Annual statistical returns and brief notes on vaccination in Bengal - 1896-1909
Year: 1896
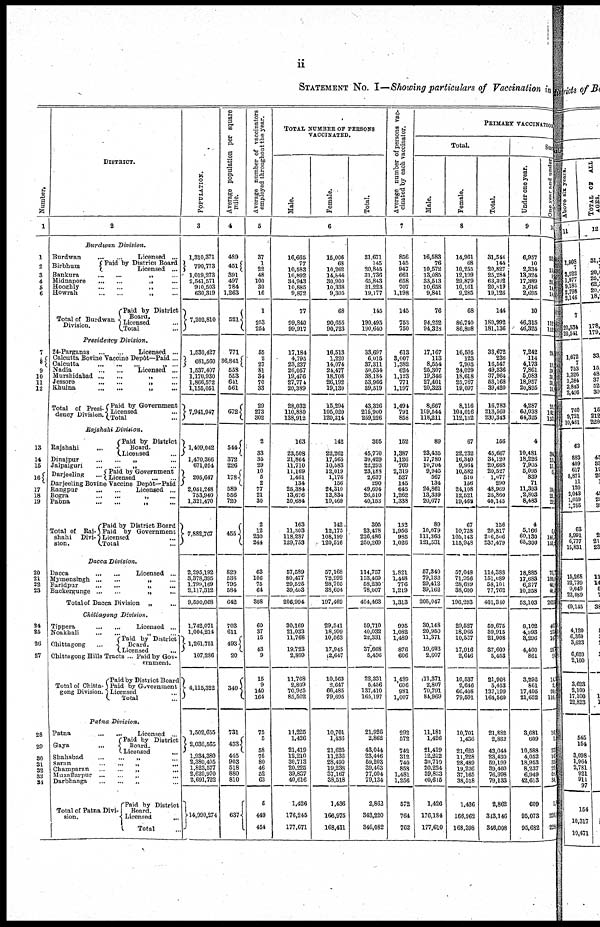
ii
STATEMENT No. I—Showing particulars of Vaccination in
Number.
1
3
4
5
6
7
8
9
10
11
12
13
14
15
16
17
18
19
20
21
22
23
24
25
26
27
28
29
30
31
32
33
34
DISTRICT.
2
Burdwan
Division.
Burdwan
...
...
Licensed ...
Birbhum
Paid by District Board
Licensed ...
Bankura
...
...
„
...
Midnapore
...
...
„
...
Hooghly
...
...
„
...
Howrah
...
...
„ ...
Total of Burdwan
Division.
Paid by District
Board.
Licensed ...
Total ...
Presidency
Division.
24-Parganas
...
...
Licensed ...
Calcutta Bovine Vaccine Depôt—Paid...
Calcutta
...
...
...
„ ...
Nadia
...
...
Licensed ...
Murshidabad
...
...
„
...
Jessore
...
...
„
...
Khulna
...
...
„
...
Total of Presi -
dency Division
Paid by Government
Licensed ...
Total ...
Rajshahi
Division.
Rajshahi ...
Paid by District
Board.
Licensed ...
Dinajpur
...
...
„
...
Jalpaiguri
...
...
„
...
Darjeeling ...
Paid by Government
Licensed
...
...
Darjeeling Bovine Vaccine Depôt—Paid
Rangpur
...
...
Licensed ...
Bogra
...
...
„
...
Pabna
...
...
„ ...
Total of
Raj-
shahi
Divi-
sion.
Paid by District Board
Paid by Government
Licensed ...
Total
Dacca
Division.
Dacca
Licensed ...
Mymensingh
...
...
„
...
Faridpur
...
...
„
...
Backergunge
...
...
„
...
Total of Dacca Division
„ ...
Chittagong
Division.
Tippera
...
...
Licensed ...
Noakhali ... ... „ ...
Chittagong
...
Paid by District
Board.
Licensed ...
Chittagong Hills Tracts ... Paid by Gov-
ernment.
Total of Chitta-
gong Division.
Paid by District Board
Paid by Government
Licensed ...
Total ...
Patna
Division.
Patna
...
...
Licensed ...
Gaya ...
Paid by District
Board.
Licensed ...
Shahabad
...
...
„
...
Saran
...
...
„
...
Champaran ... ... „ ...
Muzaffarpur ... ... „ ...
Darbhanga ... ... „ ...
Total of Patna Divi-
sion.
Paid by District
Board.
Licensed
...
Total ...
POPULATION.
3
1,310,371
790,773
1,019,273
2,541,571
910,503
630,319
7,202,810
1,530,427
681,560
1,537,407
1,170,930
1,866,572
1,155,051
7,941,947
1,409,042
1,470,366
671,054
205,647
2,051,248
753,940
1,321,470
7,882,767
2,295,192
3,378,395
1,799,169
2,117,312
9,590,068
1,742,071
1,004,214
1,261,751
107,286
4,115,322
1,502,655
2,036,565
1,934,380
2,380,405
1,823,577
2,620,970
2,691,722
14,990,274
Average population per square
mile.
4
489
451
391
497
784
1,263
521
771
36,841
558
553
641
561
672
544
372
226
178
589
556
720
455
829
538
795
584
642
703
611
493
20
340
731
433
445
903
518
880
810
637
Average number of vaccinators
employed throughout the year.
5
37
1
22
48
100
30
16
1
253
254
55
2
27
81
34
70
33
29
273
302
2
33
35
29
10
5
2
77
21
30
2
12
230
244
63
106
75
64
308
60
37
15
43
9
15
9
140
164
75
5
58
75
80
46
52
63
5
449
454
TOTAL NUMBER OF PERSONS
VACCINATED.
Male.
Female.
Total.
6
16,665
77
10,583
16,892
34,943
10,885
9,872
77
99,840
99,917
17,184
4,795
23,237
26,057
19,476
27,774
20,389
28,032
110,880
138,912
163
23,508
21,864
11,710
11,169
1,461
134
25,384
13,676
20,684
163
11,303
118,287
129,753
57,589
80,477
29,525
39,403
206,994
30,160
21,033
11,768
19,723
2,809
11,768
2,809
70,925
85,502
11,225
1,426
21,419
12,210
30,713
20,225
39,837
40,616
1,426
176,245
177,671
15,006
68
10,262
14,844
30,900
10,338
9,305
68
90,665
90,723
16,513
1,220
14,074
24,477
18,708
26,192
19,130
15,294
105,020
120,314
142
22,262
17,565
10,583
12,019
1,176
156
24,310
12,834
19,469
142
12,175
108,199
120,516
57,168
72,992
28,705
38,604
197,469
29,541
18,999
10,563
17,945
2,647
10,563
2,647
66,485
79,695
10,701
1,436
21,625
11,236
28,490
19,238
37,167
38,518
1,436
166,975
168,411
31,671
145
20,845
31,736
65,843
21,223
19,177
145
190,495
190,640
33,697
6,015
37,311
50,534
38,184
53,966
39,519
43,326
215,900
259,226
305
45,770
39,429
22,293
23,183
2,637
290
49,694
26,510
40,153
305
23,478
226,486
260,269
114,757
153,469
58,230
78,007
404,483
59,710
40,032
22,331
37,668
5,456
22,331
5,456
137,410
165,197
21,926
2,862
43,044
23,446
59,203
39,463
77,004
79,134
2,862
343,220
346,082
Average number of persons vac-
cinated by each vaccinator.
7
856
145
947
661
658
707
1,198
145
753
750
613
3,007
1,382
624
1,123
771
1,197
1,494
791
858
152
1,387
1,126
769
2,319
527
145
645
1,262
1,338
152
1,956
985
1,026
1,821
1,448
776
1,219
1,313
995
1,082
1,489
876
606
1,489
606
981
1,007
292
572
742
312
740
858
1,481
1,256
572
764
762
PRIMARY VACCINATION
Total.
Male.
Female.
Total.
8
16,583
76
10,572
13,085
33,513
10,658
9,841
76
94,252
94,328
17,167
113
8,554
25,307
19,346
27,401
20,323
8,667
109,544
118,211
89
23,435
17,780
10,704
9,945
567
134
24,861
13,339
20,677
89
10,079
111,363
121,531
57,340
79,133
29,412
39,162
205,047
30,148
20,950
11,371
19,693
2,807
11,371
2,807
70,791
84,969
11,181
1,426
21,419
12,202
30,710
20,224
39,833
40,615
1,426
176,184
177,610
14,961
68
10,255
12,199
29,879
10,161
9,285
68
86,740
86,808
16,505
123
7,993
24,029
18,618
25,767
19,097
8,116
104,016
112,132
67
22,232
16,340
9,964
10,582
510
156
24,108
12,521
19,469
67
10,738
105,143
115,948
57,048
71,956
28,689
38,600
196,293
29,527
18,965
10,537
17,916
2,646
10,637
2,646
66,408
79,591
10,701
1,436
21,625
11,228
28,489
19,236
37,165
38,518
1,436
166,962
168,393
31,544
144
20,827
25,284
63,392
20,819
19,126
144
180,992
181,136
33,672
236
16,547
49,336
37,964
53,168
39,420
16,783
213,560
230,313
156
45,667
34,120
20,668
20,527
1,077
290
48,969
25,860
40,145
156
20,817
216,506
237,479
114,388
151,089
58,101
77,762
401,340
59,675
39,915
21,908
37,609
5,453
21,903
5,453
137,199
164,560
21,882
2,862
43,044
23,430
59,199
39,460
76,998
79,133
2,862
343,146
346,008
Suc
Under one year.
9
6,957
10
2,334
13,324
17,389
3,616
2,695
10
46,315
46,325
7,242
114
4,173
7,861
5,083
18,957
20,895
4,287
60,038
64,325
4
10,481
18,226
7,905
5,095
839
71
11,393
2,803
8,483
4
5,166
60,130
65,300
18,885
17,683
6,277
10,258
53,103
8,102
4,993
3,296
4,400
861
3,296
861
17,495
21,652
3,681
609
10,588
4,052
18,953
8,237
6,949
42,613
609
95,073
95,682
One year and under
10
22
15
9
35
14
14
112
112
24
...
10
39 31
31
15
16
142
153
34
15
11
6,
34
21,
29,
6, 1
146,
153,
76,
106, 42,
41,
2655
46
272
14
25
25
14,
2,
99,
116,
16
1
27
16
33
29,
60
34
1
226
228